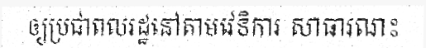
ឲ្យប្រជាពលរដ្ឋនៅតាមវេទិការ សាធារណះ